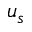
u _ { s }